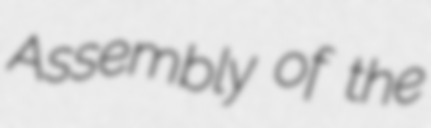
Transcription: Assembly of the